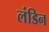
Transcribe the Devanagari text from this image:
लंडिन